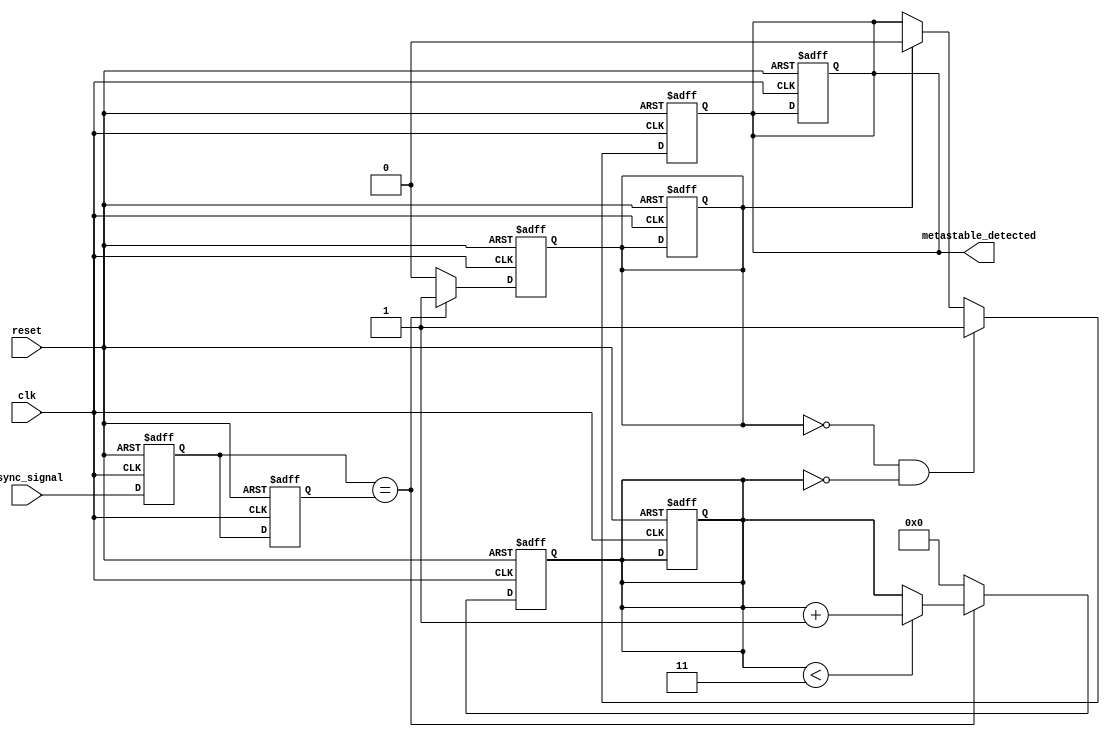
module metastability_detector (
    input wire clk,                // Stable clock signal
    input wire async_signal,       // Asynchronous input signal
    input wire reset,              // Reset signal
    output reg metastable_detected // Output indicator for metastability
);

    // Parameters
    parameter STABILITY_THRESHOLD = 4; // Number of clock cycles for stability check

    // Internal signals
    reg latch1, latch2;               // Outputs of the two latches
    reg [STABILITY_THRESHOLD-1:0] stable_count; // Counter for stability monitoring
    reg stable;                        // Indicates if the output is stable

    // Latch logic
    always @(posedge clk or posedge reset) begin
        if (reset) begin
            latch1 <= 1'b0;
            latch2 <= 1'b0;
            metastable_detected <= 1'b0;
            stable_count <= 0;
            stable <= 1'b0;
        end else begin
            latch1 <= async_signal; // Sample the asynchronous signal
            latch2 <= latch1;       // Sample the output of the first latch
        end
    end

    // Stability monitoring
    always @(posedge clk or posedge reset) begin
        if (reset) begin
            stable_count <= 0;
            metastable_detected <= 1'b0;
            stable <= 1'b0;
        end else begin
            if (latch1 == latch2) begin
                if (stable_count < STABILITY_THRESHOLD - 1) begin
                    stable_count <= stable_count + 1;
                end
                stable <= 1'b1;
            end else begin
                stable_count <= 0;
                stable <= 1'b0;
            end

            // Set metastable_detected if not stable for the threshold duration
            if (!stable && (stable_count == 0)) begin
                metastable_detected <= 1'b1; // Indicate a metastable condition
            end else if (stable) begin
                metastable_detected <= 1'b0; // Clear metastable indication when stable
            end
        end
    end

endmodule